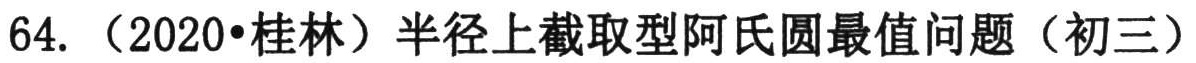
64.（2020•桂林）半径上截取型阿氏圆最值问题（初三）